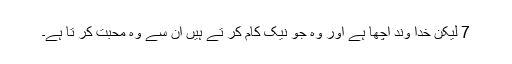
7 لیکن خدا وند اچھا ہے اور وہ جو نیک کام کر تے ہیں ان سے وہ محبت کر تا ہے۔